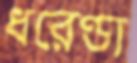
ধরেণ্ডা